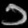
Digit: ၁